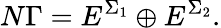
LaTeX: N\Gamma=E^{\Sigma_{1}}\oplus E^{\Sigma_{2}}.